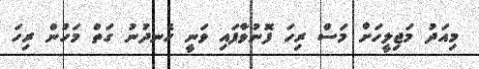
މިއަދު މަޖިލީހަށް މަސް ރިހަ ފޮނުވާފައި ވަނީ ހެނދުނު ގަތް މަހުން ރިހަ